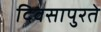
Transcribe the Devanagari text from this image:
दिवसापुरते